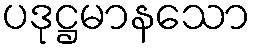
ပဒုဋ္ဌမာနသော